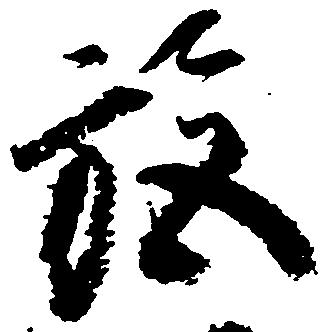
施